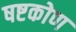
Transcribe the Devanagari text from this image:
षष्टकोण